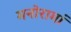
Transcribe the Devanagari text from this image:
मनोरामां